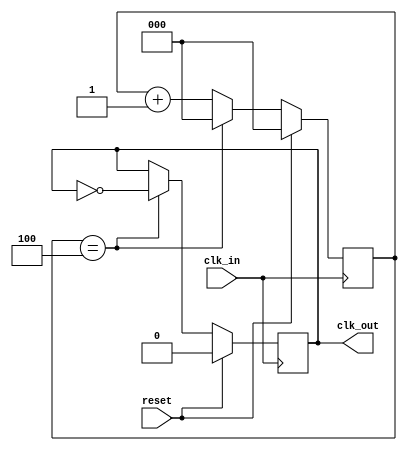
//
//  HPSDR - High Performance Software Defined Radio
//
//  Metis code. 
//
//  This program is free software; you can redistribute it and/or modify
//  it under the terms of the GNU General Public License as published by
//  the Free Software Foundation; either version 2 of the License, or
//  (at your option) any later version.
//
//  This program is distributed in the hope that it will be useful,
//  but WITHOUT ANY WARRANTY; without even the implied warranty of
//  MERCHANTABILITY or FITNESS FOR A PARTICULAR PURPOSE.  See the
//  GNU General Public License for more details.
//
//  You should have received a copy of the GNU General Public License
//  along with this program; if not, write to the Free Software
//  Foundation, Inc., 59 Temple Place, Suite 330, Boston, MA  02111-1307  USA



// clk_div - copyright 2010, 2011 Kirk Weedman KD7IRS



// Created by Kirk Weedman KD7IRS - Feb 15, 2009
//
// This is a parameterized module
//
// clk_in is divided by CLK_DIV to create clk_out.

`timescale 1 ns/100 ps

module clk_div (reset, clk_in, clk_out);
input  wire reset;
input  wire clk_in;
output reg  clk_out;

parameter CLK_DIV   = 10;          // clk_out = clk_in/CLK_DIV
parameter TPD = 1;
localparam SZ = clogb2 ((CLK_DIV/2)-1); // 0 to ((CLK_DIV/2)-1)

reg  [SZ-1:0] cnt;

always @ (posedge clk_in)
begin
  if (reset)
    clk_out  <= #TPD 1'b0;
  else if (cnt == ((CLK_DIV/2)-1))
    clk_out  <= #TPD ~clk_out;

  if (reset)
    cnt <= #TPD 0;
  else if (cnt == ((CLK_DIV/2)-1))
    cnt <= #TPD 1'b0;
  else
    cnt <= #TPD cnt + 1'b1;
end

function integer clogb2;
input [31:0] depth;
begin
  for(clogb2=0; depth>0; clogb2=clogb2+1)
  depth = depth >> 1;
end
endfunction

endmodule